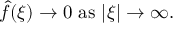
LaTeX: { \hat { f } } ( \xi ) \to 0 { \mathrm { ~ a s ~ } } | \xi | \to \infty .